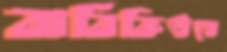
বার্বিকিউতে